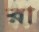
রা